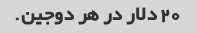
20 دلار در هر دوجین.